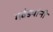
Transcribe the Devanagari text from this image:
गवंड्यांनी